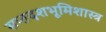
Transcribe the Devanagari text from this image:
सप्तदशभूमिशास्त्र